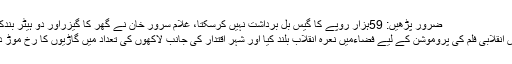
ضرور پڑھیں: 59ہزار روپے کا گیس بل برداشت نہیں کرسکتا، غلام سرور خان نے گھر کا گیزراور دو ہیٹر بندکردیے
پھر اس انقلابی فلم کی پروموشن کے لیے فضاءمیں نعرہ انقلاب بلند کیا اور شہر اقتدار کی جانب لاکھوں کی تعداد میں گاڑیوں کا رخ موڑ دیا گیا۔